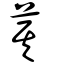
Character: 萁